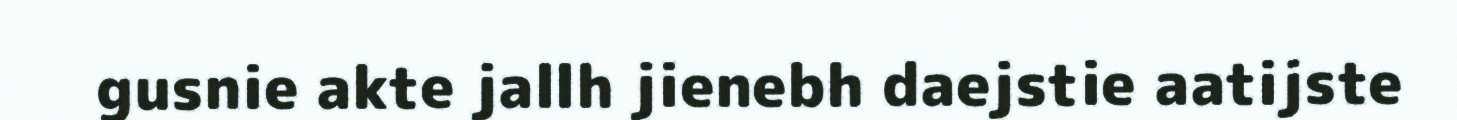
gusnie akte jallh jienebh daejstie aatijste